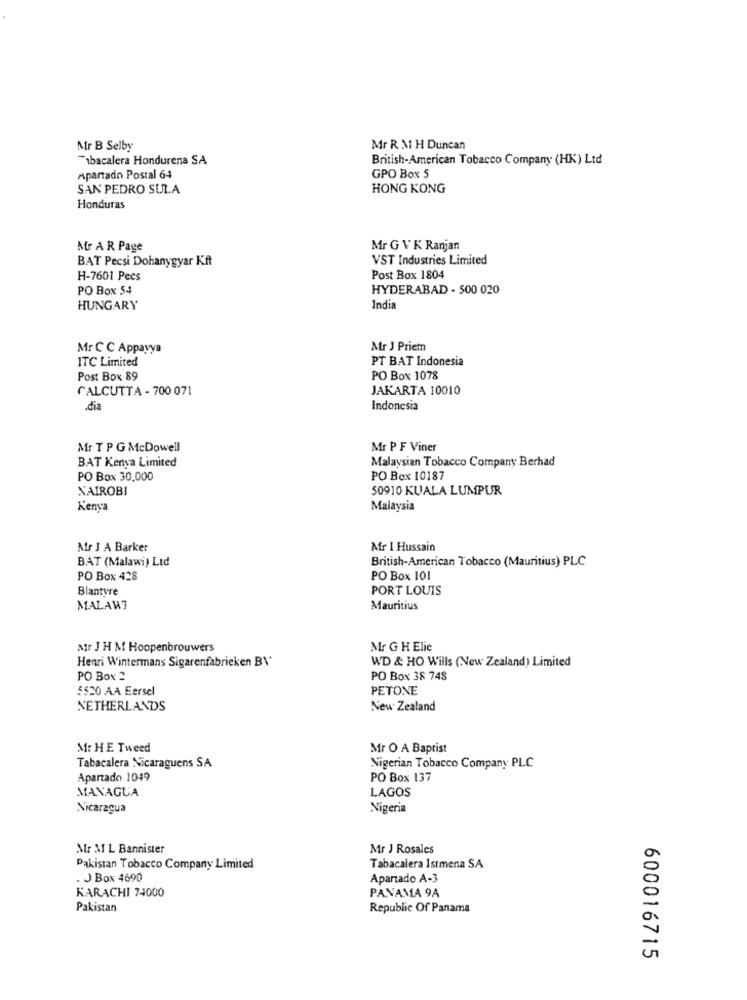
Mr B Selby
Mr R M1 H Duncan
Tabacalera Hondurena SA
British-American Tobacco Company (HK) Ltd
Apartado Postal 64
GPO Box S
SAN PEDRO SULA
HONG KONG
Honduras
Mr A R Page
Mr G VK Ranjan
BAT Pecsi Dohanygyar Kft
VST Industries Limited
H-7601 Pecs
Post Box 1804
PO Box 54
HYDERABAD - 500 020
HUNGARY
India
Mr C C Appayya
Mr J Priem
ITC Limited
PT BAT Indonesia
Post Box 89
PO Box 1078
CALCUTTA - 700 071
JAKARTA 10010
.dia
Indonesia
Mr T P G McDowell
Mr P F Viner
BAT Kenya Limited
Malaysian Tobacco Company Berhad
PO Box 30,000
PO Box 10187
NAIROBI
50910 KUALA LUMPUR
Kenya
Malaysia
Mr J A Barker
Mr I Hussain
BAT (Malawi) Ltd
British-American Tobacco (Mauritius) PLC
PO Box 428
PO Box 101
Blantyre
PORT LOUIS
MALAWI
Mauritius
Mir J H M Hoopenbrouwers
Mr G H Elie
Henri Wintermans Sigarenfabrieken B\'
WD & HO Wills (New Zealand) Limited
PO Box ?
PO Box 38 748
5520 AA Eersel
PETONE
NETHERLANDS
New Zealand
Mr HE Tweed
Mr O A Baptist
Tabacalera Nicaraguens SA
Nigerian Tobacco Company PLC
Apartado 1049
PO Box 137
MANAGUA
LAGOS
Nicaragua
Nigeria
Mr M L Bannister
Mr J Rosales
Pakistan Tobacco Company Limited
Tabacalera Istmena SA
. J Box 4690
Apartado A-3
KARACHI 74000
PANAMA 9A
Pakistan
Republic Of Panama
600016715